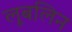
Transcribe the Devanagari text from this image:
लूबलिन